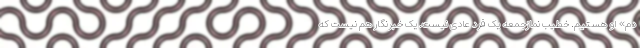
دم» او هستیم. خطیب نمازجمعه یک فرد عادی نیست. یک خبرنگار هم نیست که